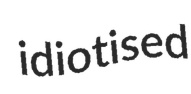
idiotised